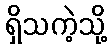
ရှိသကဲ့သို့